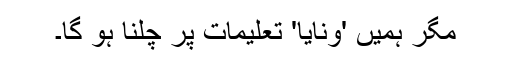
مگر ہمیں 'ونایا' تعلیمات پر چلنا ہو گا۔